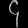
Digit: ၄